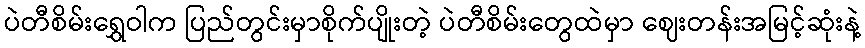
ပဲတီစိမ်းရွှေဝါက ပြည်တွင်းမှာစိုက်ပျိုးတဲ့ ပဲတီစိမ်းတွေထဲမှာ ဈေးတန်းအမြင့်ဆုံးနဲ့